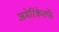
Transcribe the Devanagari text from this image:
अमेरिकेतर्फे